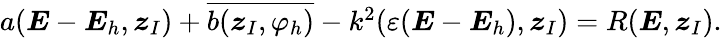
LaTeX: \begin{array}{r}{a({\boldsymbol{E}}-{\boldsymbol{E}}_{h},\boldsymbol{z}_{I})+\overline{{b(\boldsymbol{z}_{I},\varphi_{h})}}-k^{2}(\varepsilon({\boldsymbol{E}}-{\boldsymbol{E}}_{h}),\boldsymbol{z}_{I})=R({\boldsymbol{E}},\boldsymbol{z}_{I}).}\end{array}